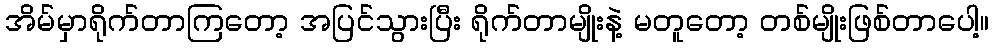
အိမ်မှာရိုက်တာကြတော့ အပြင်သွားပြီး ရိုက်တာမျိုးနဲ့ မတူတော့ တစ်မျိုးဖြစ်တာပေါ့။